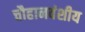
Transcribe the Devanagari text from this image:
चौहानवंशीय